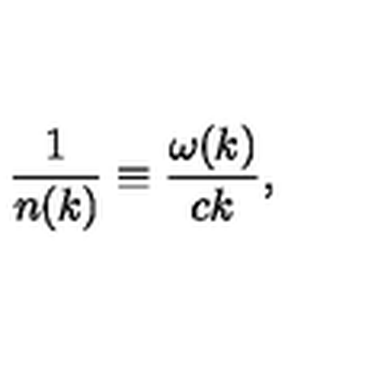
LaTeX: { \frac { 1 } { n ( k ) } } \equiv { \frac { \omega ( k ) } { c k } } ,